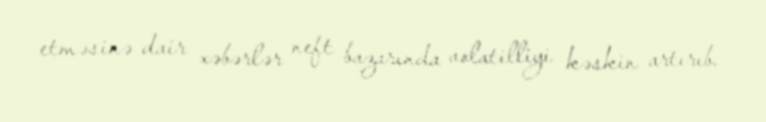
etməsinə dair xəbərlər neft bazarında volatilliyi kəskin artırıb.